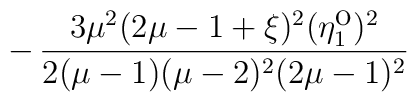
- \, \frac{3\mu^2(2\mu-1+\xi)^2 (\eta_1^{\mbox{o}})^2}{2(\mu-1)(\mu-2)^2(2\mu-1)^2}